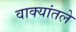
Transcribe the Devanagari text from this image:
वाक्यांतले